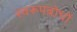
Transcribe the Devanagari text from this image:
स्वरूपबोधों